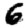
Digit: 6